Insane asylums Bombay 1873-77 - 1873-1877
Year: 1873
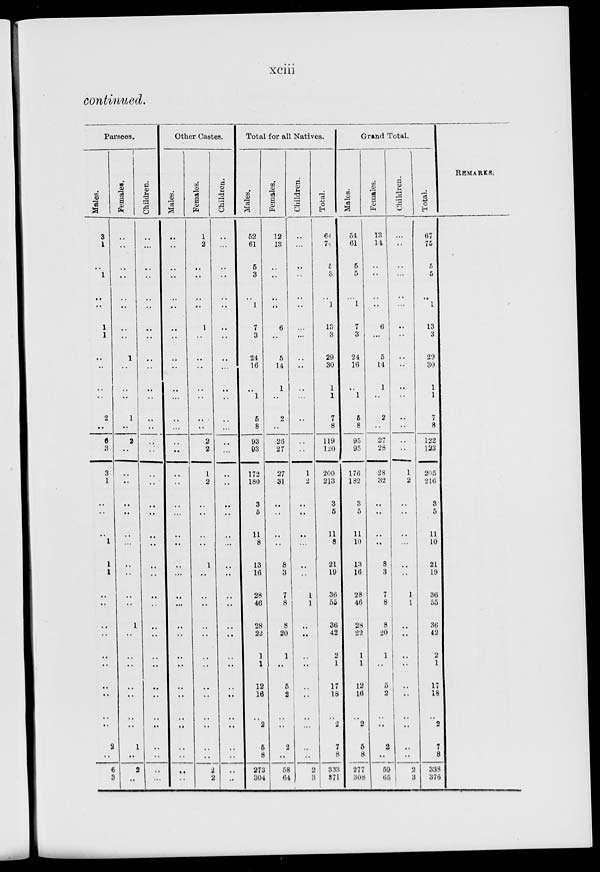
xciii
continued.
Parsees.
Males.
3
1
..
1
..
..
1
1
..
..
..
..
2
..
6
3
3
1
..
..
..
1
1
1
..
..
..
..
..
..
..
..
..
..
2
..
6
3
Females.
..
..
..
..
..
..
..
..
1
..
..
..
1
..
2
..
..
..
..
..
..
..
..
..
..
..
1
..
..
..
..
..
..
..
1
..
2
..
Children.
..
..
..
..
..
..
..
..
..
..
..
..
..
..
..
..
..
..
..
..
..
..
..
..
..
..
..
..
..
..
..
..
..
..
..
..
..
..
Other Castes.
Males.
..
..
..
..
..
..
..
..
..
..
..
..
..
..
..
..
..
..
..
..
..
..
..
..
..
..
..
..
..
..
..
..
..
..
..
..
..
Females.
1
2
..
..
..
..
1
..
..
..
..
..
..
..
2
2
1
2
..
..
..
..
1
..
..
..
..
..
..
..
..
..
..
..
..
..
2
2
Children.
..
..
..
..
..
..
..
..
..
..
..
..
..
..
..
...
..
..
..
..
..
..
..
..
..
..
..
..
..
..
..
..
..
..
..
..
..
..
Total for all Natives.
Males.
52
61
5
3
..
1
7
3
24
16
..
1
5
8
93
93
172
180
3
5
11
8
13
16
28
46
28
22
1
1
12
16
..
2
5
8
273
304
Females.
12
13
..
..
..
..
6
..
5
14
1
..
2
..
26
27
27
31
..
..
..
..
8
3
7
8
8
20
1
..
5
2
..
..
2
..
58
64
Children.
..
..
..
..
..
..
..
..
..
..
..
..
..
..
..
..
1
2
..
..
..
..
..
..
1
1
..
..
..
..
..
..
..
..
..
..
2
3
Total.
64 74
5
3
..
1
13
3
29
30
1
1
7
8
119
120
200
213
3
5
11
8
21
19
36
55
36
42
2
1
17
18
..
2
7
8
333
371
Grand Total.
Males.
54
61
5
5
..
1
7
3
24
16
..
1
5
8
95
95
176
182
3
5
11
10
13
16
28
46
28
22
1
1
12
16
..
2
5
8
277
308
Females.
13
14
..
..
..
..
6
5
14
1
..
2
..
27
28
28
32
..
..
..
..
8
3
7
8
8
20
1
..
5
2
..
..
2
..
59
65
Children.
..
..
..
..
..
..
..
..
..
..
..
..
..
..
..
..
1
2
..
..
..
..
..
..
1
1
..
..
..
..
..
..
..
..
..
..
2
3
Total.
67
75
5
5
..
1
13
3
29
30
1
1
7
8
122
123
205
216
3
5
11
10
21
19
36
55
36
42
2
1
17
18
..
2
7
8
338
376
REMARKS.